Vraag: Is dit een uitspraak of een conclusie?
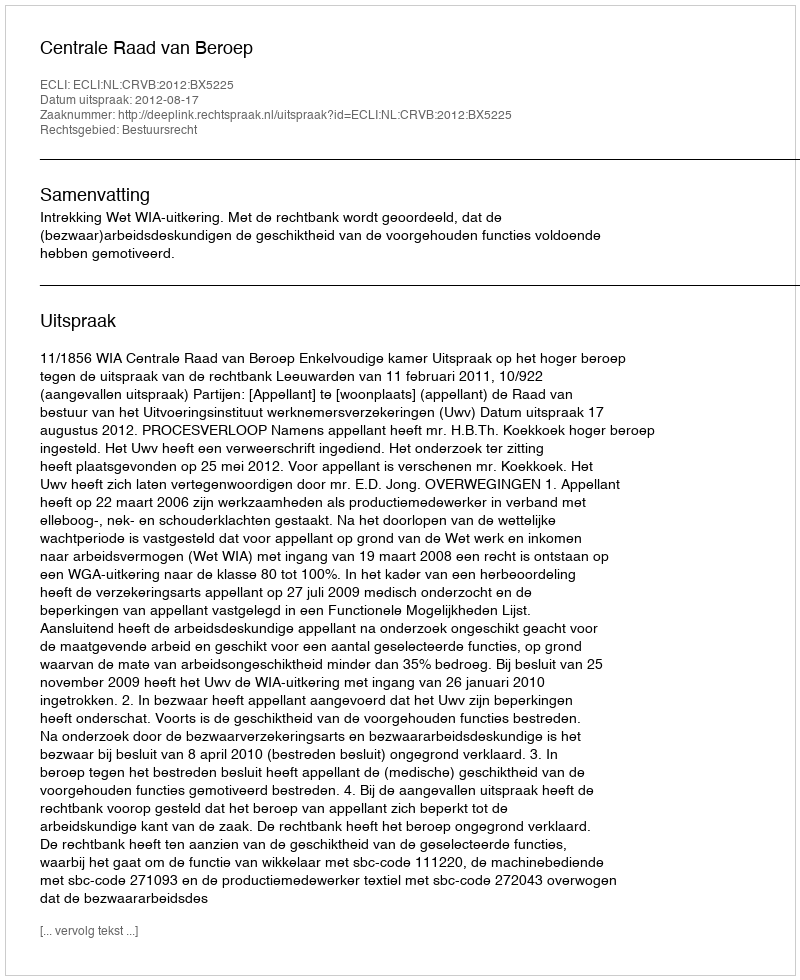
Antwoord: Uitspraak